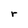
Character: r